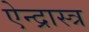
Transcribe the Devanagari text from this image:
ऐन्द्रास्त्र